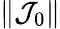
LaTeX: \| \mathcal J_{0}\|